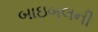
બાઇબલની